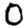
Digit: 0